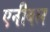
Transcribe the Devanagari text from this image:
एनीबल